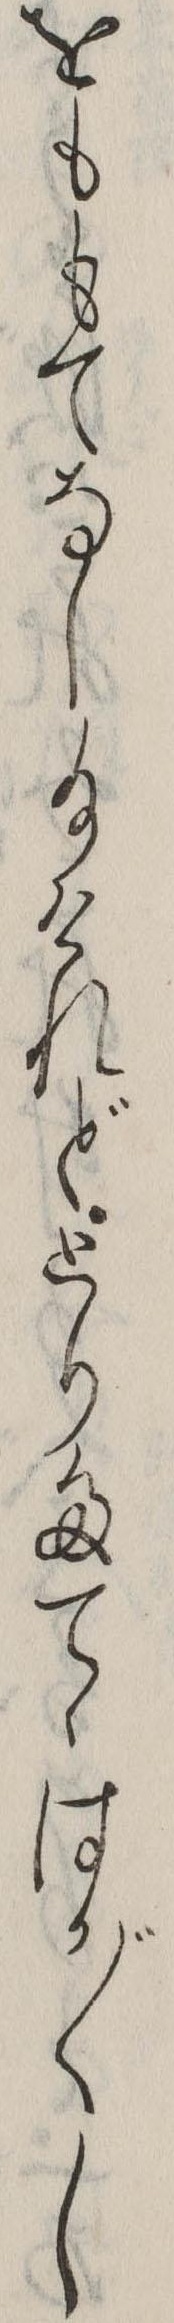
をももてなし給けれどとりたてゝはか〲し